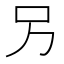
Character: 𠮠